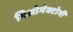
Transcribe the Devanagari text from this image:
मिओमेक्टोमी